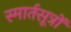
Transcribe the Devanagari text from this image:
स्मार्तसूत्रों